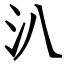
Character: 汃